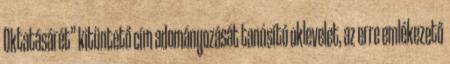
Oktatásárét” kitüntető cím adományozását tanúsító oklevelet, az erre emlékezető